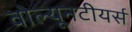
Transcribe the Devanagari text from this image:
वोल्यूनटीयर्स